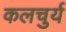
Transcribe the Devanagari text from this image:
कलचुर्य